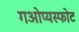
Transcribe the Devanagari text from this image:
गओप्यस्फोट